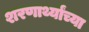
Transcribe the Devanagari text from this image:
शरणार्थ्यांच्या